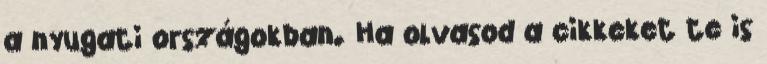
a nyugati országokban. Ha olvasod a cikkeket te is